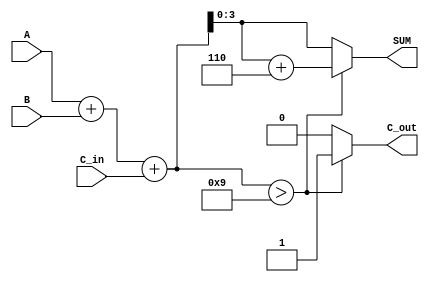
module BCD_Asynchronous_Adder (
    input [3:0] A,         // 4-bit BCD digit A
    input [3:0] B,         // 4-bit BCD digit B
    input C_in,            // 1-bit carry-in
    output reg [3:0] SUM,  // 4-bit BCD result
    output reg C_out       // 1-bit carry-out
);

    wire [4:0] S;          // 5-bit sum to accommodate carry
    wire correction_needed; // Flag to determine if correction is needed

    // Compute the binary sum
    assign S = A + B + C_in;

    // Determine if correction is needed
    assign correction_needed = (S > 4'b1001); // S > 9

    // Asynchronous output logic
    always @(*) begin
        if (correction_needed) begin
            SUM = S[3:0] + 4'b0110; // Apply BCD correction
            C_out = 1'b1;            // Set carry-out
        end else begin
            SUM = S[3:0];            // No correction needed
            C_out = 1'b0;            // No carry-out
        end
    end

endmodule